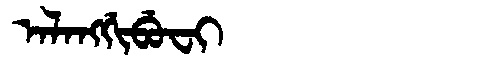
Manchu: ᠠᠯᠠᠩᡤᡳᠪᡠᠸᡳ
Romanization: ALANGGIBUFI